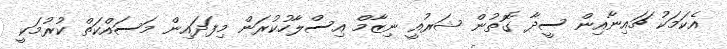
އެކަމަަކު ޗައިނާއިން ސީދާ ގޮތުން ޝަރުއީ ނިޒާމް އިސްލާހުކުރަން މިފަދައިން މަސައްކަތް ކުރުމަކީ